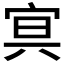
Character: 𡨕